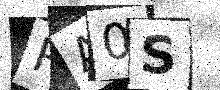
Text: RA0S